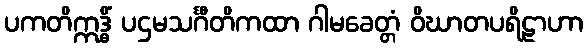
ပကတိဣဒ္ဓိံ ပဌမသင်္ဂီတိကထာ ဂါမခေတ္တံ ဝိဃာတပရိဠာဟာ